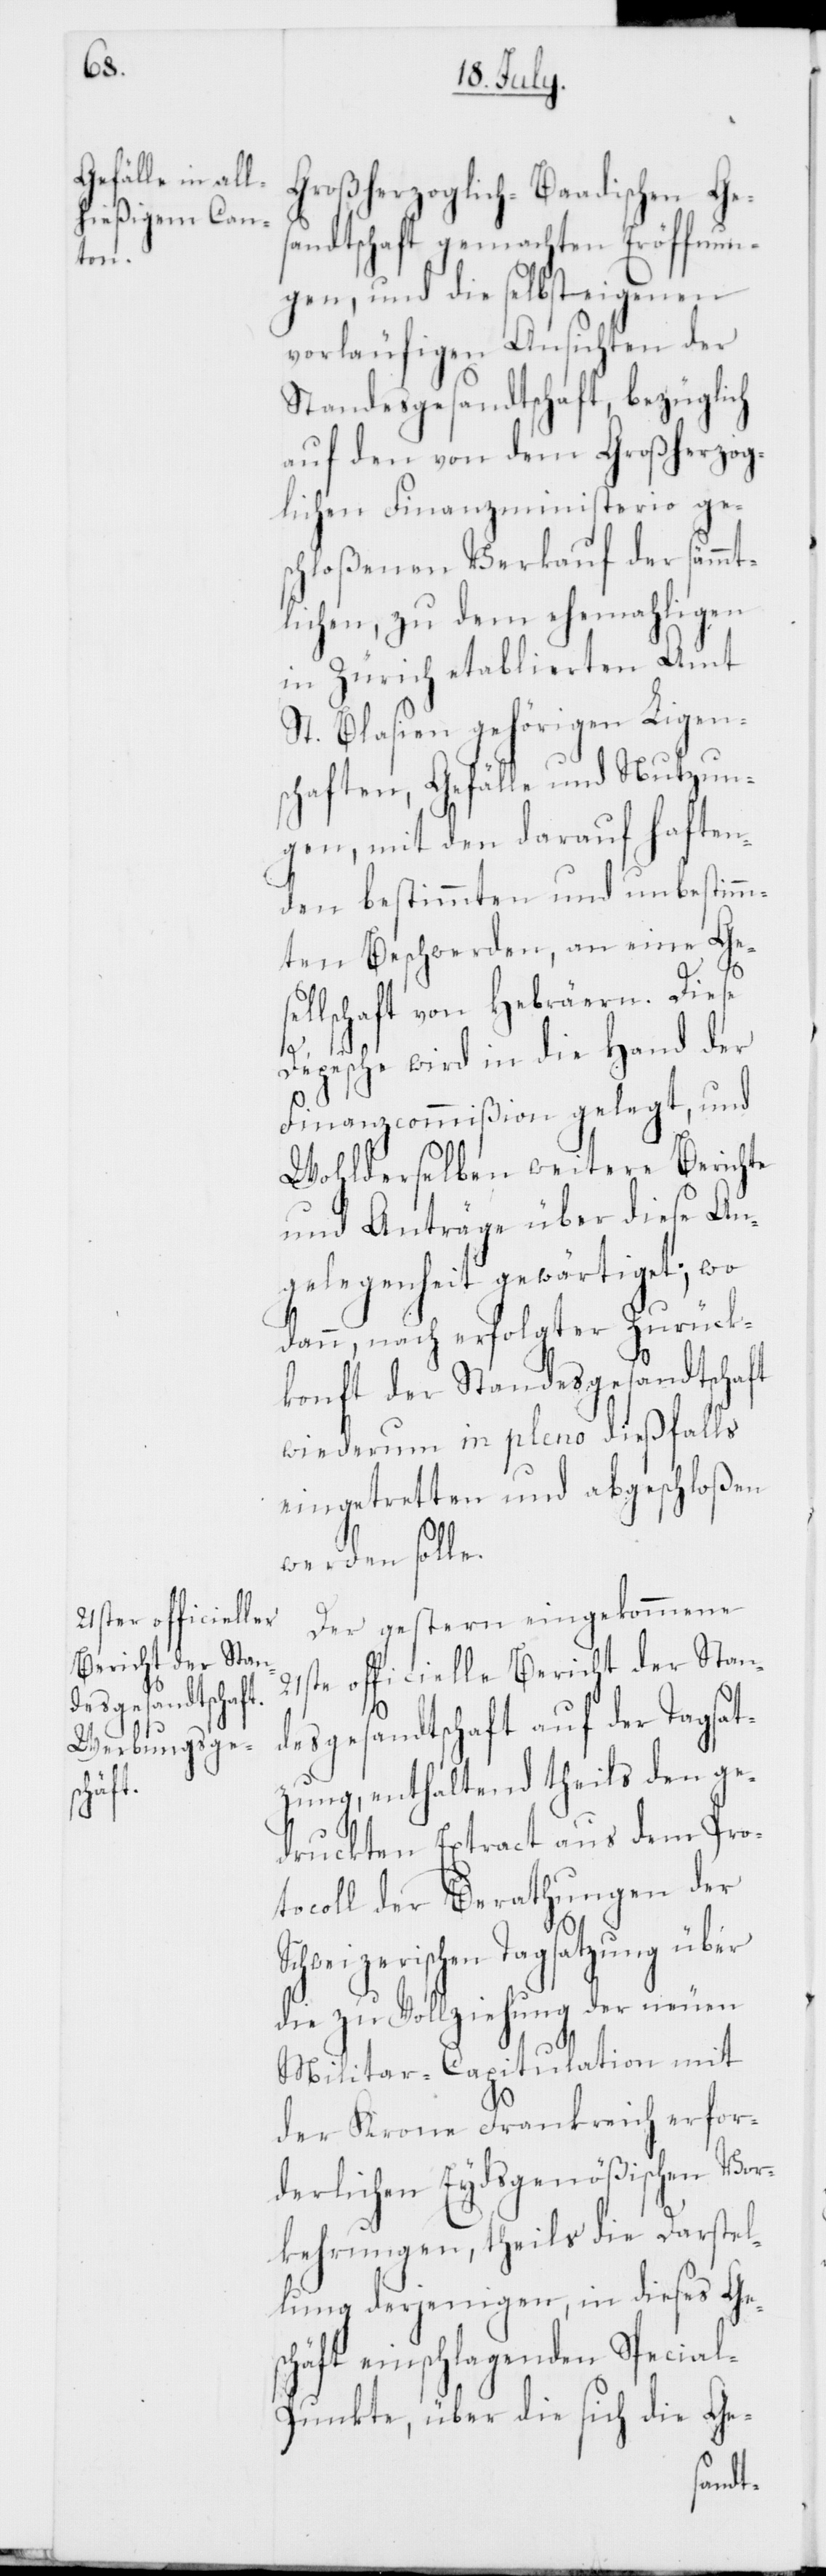
Großherzoglich-Baadischen Ges¬
andtschaft gemachten Eröffnun¬
gen, und die selbsteigenen
vorläufigen Ansichten der
Standesgesandtschaft, bezüglich
auf den von dem Großherzog¬
lichen Finanzministerio ge¬
schloßenen Verkauf der sämmt¬
lichen, zu dem ehemahligen
in Zürich etablierten Amt
St. Blasien gehörigen Ligen¬
schaften, Gefälle und Nutzun¬
gen, mit den darauf haften¬
den bestimmten und unbestimm¬
ten Beschwerden, an eine Ge¬
sellschaft von Hebräern. Diese
Depesche wird in die Hand der
Finanzcommißion gelegt, und
Wohlderselben weitere Berichte
und Anträge über diese An¬
gelegenheit gewärtiget; wo
dann, nach erfolgter Zurück¬
konft der Standesgesandtschaft
wiederum in pleno dießfalls
eingetretten und abgeschloßen
werden solle.
Der gestern eingekommene
21ste officielle Bericht der Stan¬
desgesandtschaft auf der Tagsat¬
zung, enthaltend theils den ge¬
druckten Extract aus dem Pro¬
tocoll der Berathungen der
Schweizerischen Tagsatzung über
die zu Vollziehung der neuen
Militar-Capitulation mit
der Krone Frankreich erfor¬
derlichen Eydsgenößischen Vor¬
kehrungen, theils die Darstel¬
lung derjenigen, in dieses Ge¬
schäft einschlagenden Specia¬
l-Punkte, über die sich die Ge-